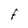
Character: F